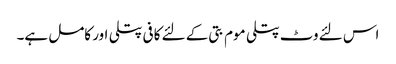
اس لئے وٹ پتلی موم بتی کے لئے کافی پتلی اور کامل ہے۔